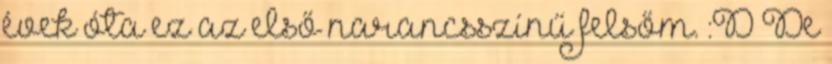
évek óta ez az első narancsszínű felsőm. :D De